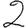
Digit: 2